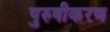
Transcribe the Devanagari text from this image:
पुरुषीकरण